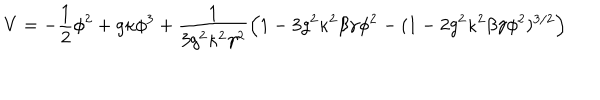
V = - \frac { 1 } { 2 } \phi ^ { 2 } + g \kappa \phi ^ { 3 } + \frac { 1 } { 3 g ^ { 2 } \kappa ^ { 2 } \gamma ^ { 2 } } \left( 1 - 3 g ^ { 2 } \kappa ^ { 2 } \beta \gamma \phi ^ { 2 } - ( 1 - 2 g ^ { 2 } \kappa ^ { 2 } \beta \gamma \phi ^ { 2 } ) ^ { 3 / 2 } \right)